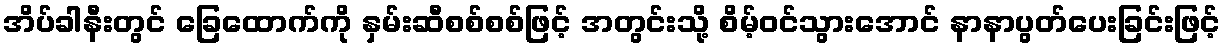
အိပ်ခါနီးတွင် ခြေထောက်ကို နှမ်းဆီစစ်စစ်ဖြင့် အတွင်းသို့ စိမ့်ဝင်သွားအောင် နာနာပွတ်ပေးခြင်းဖြင့်